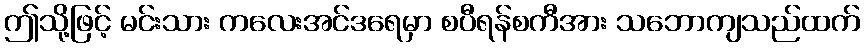
ဤသို့ဖြင့် မင်းသား ကလေးအင်ဒရေမှာ စပီရန်စကီအား သဘောကျသည်ထက်